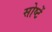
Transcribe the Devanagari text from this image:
सोष्टें